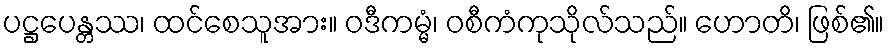
ပဋ္ဌပေန္တဿ၊ ထင်စေသူအား။ ဝဒီကမ္မံ၊ ဝစီကံကုသိုလ်သည်။ ဟောတိ၊ ဖြစ်၏။